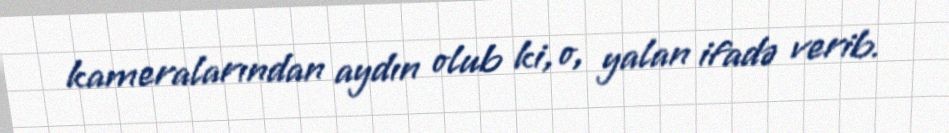
kameralarından aydın olub ki, o, yalan ifadə verib.